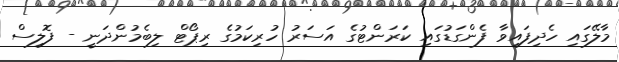
މާލޭގައި ހެދިފައިވާ ފެންގަޑުގައި ކަރަންޓުގެ އަސަރު ހުރިކަމުގެ ރިޕޯޓް ލިބެމުންދަނީ - ފޮލިސް